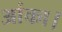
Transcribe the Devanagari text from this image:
आंका।